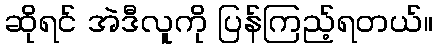
ဆိုရင် အဲဒီလူကို ပြန်ကြည့်ရတယ်။